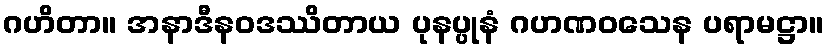
ဂဟိတာ။ အနာဒီနဝဒဿိတာယ ပုနပ္ပုနံ ဂဟဏဝသေန ပရာမဋ္ဌာ။